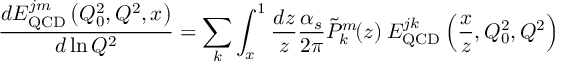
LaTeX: \frac { d E _ { \mathrm { Q C D } } ^ { j m } \left( Q _ { 0 } ^ { 2 } , Q ^ { 2 } , x \right) } { d \ln Q ^ { 2 } } = \sum _ { k } \int _ { x } ^ { 1 } \frac { d z } { z } \frac { \alpha _ { s } } { 2 \pi } \tilde { P } _ { k } ^ { m } \! ( z ) \: E _ { \mathrm { Q C D } } ^ { j k } \left( \frac { x } { z } , Q _ { 0 } ^ { 2 } , Q ^ { 2 } \right)